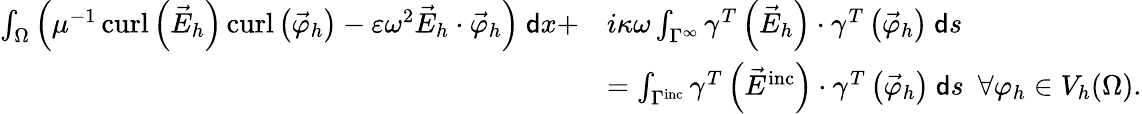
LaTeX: \begin{array}{rl}{\int_{\Omega}\left(\mu^{-1}\operatorname{curl}\left(\vec{E}_{h}\right)\operatorname{curl}\left(\vec{\varphi}_{h}\right)-\varepsilon\omega^{2}\vec{E}_{h}\cdot\vec{\varphi}_{h}\right)~\mathsf{d}x+}&{i\kappa\omega\int_{\Gamma^{\infty}}\gamma^{T}\left(\vec{E}_{h}\right)\cdot\gamma^{T}\left(\vec{\varphi}_{h}\right)~\mathsf{d}s}\\ &{=\int_{\Gamma^{\mathrm{inc}}}\gamma^{T}\left(\vec{E}^{\mathrm{inc}}\right)\cdot\gamma^{T}\left(\vec{\varphi}_{h}\right)~\mathsf{d}s~~\forall\varphi_{h}\in V_{h}(\Omega).}\end{array}